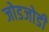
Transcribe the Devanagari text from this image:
जोडजोडी